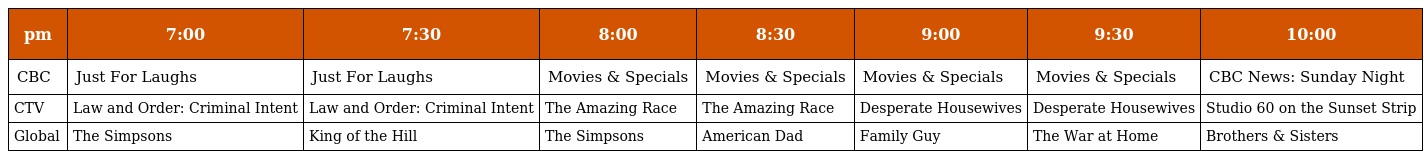
| pm | 7:00 | 7:30 | 8:00 | 8:30 | 9:00 | 9:30 | 10:00 |
 | --- | --- | --- | --- | --- | --- | --- | --- |
 | CBC | Just For Laughs | Just For Laughs | Movies & Specials | Movies & Specials | Movies & Specials | Movies & Specials | CBC News: Sunday Night |
 | CTV | Law and Order: Criminal Intent | Law and Order: Criminal Intent | The Amazing Race | The Amazing Race | Desperate Housewives | Desperate Housewives | Studio 60 on the Sunset Strip |
 | Global | The Simpsons | King of the Hill | The Simpsons | American Dad | Family Guy | The War at Home | Brothers & Sisters |